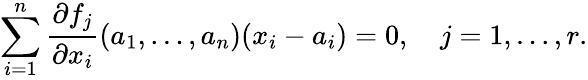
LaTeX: \sum_{i=1}^{n}{\frac{\partial f_{j}}{\partial{x_{i}}}}(a_{1},\dots,a_{n})(x_{i}-a_{i})=0,\quad j=1,\dots,r.